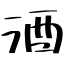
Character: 酒